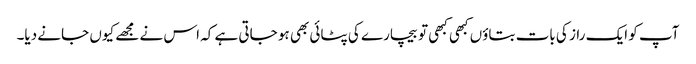
آپ کو ایک راز کی بات بتاؤں کبھی کبھی تو بیچارے کی پٹائی بھی ہو جاتی ہے کہ اس نے مجھے کیوں جانے دیا۔